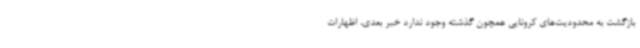
بازگشت به محدودیت‌های کرونایی همچون گذشته وجود ندارد خبر بعدی، اظهارات